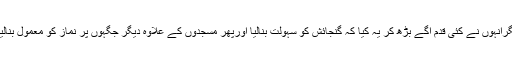
مگرانہوں نے کئی قدم آگے بڑھ کر یہ کیا کہ گنجائش کو سہولت بنالیا اورپھر مسجدوں کے علاوہ دیگر جگہوں پر نماز کو معمول بنالیا ۔